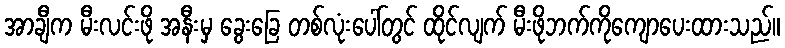
အာချီက မီးလင်းဖို အနီးမှ ခွေးခြေ တစ်လုံးပေါ်တွင် ထိုင်လျက် မီးဖိုဘက်ကိုကျောပေးထားသည်။